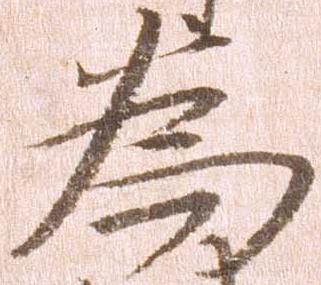
為